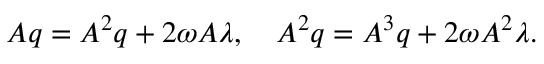
A q = A ^ { 2 } q + { 2 \omega } A \lambda , \quad A ^ { 2 } q = A ^ { 3 } q + { 2 \omega } A ^ { 2 } \lambda .